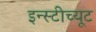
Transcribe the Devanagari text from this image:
इन्स्टीच्यूट